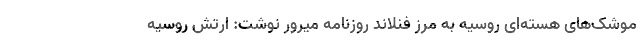
موشک‌های هسته‌ای روسیه به مرز فنلاند روزنامه میرور نوشت: ارتش روسیه